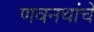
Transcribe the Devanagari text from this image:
णवनथांचे